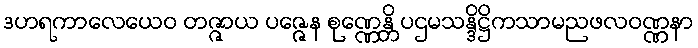
ဒဟရကာလေယေဝ တဇ္ဇာယ ပဇ္ဇေန စုဏ္ဏေန္တိ ပဌမသန္ဒိဋ္ဌိကသာမညဖလဝဏ္ဏနာ